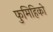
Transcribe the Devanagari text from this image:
फुमिहिको